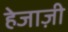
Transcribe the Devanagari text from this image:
हेजाज़ी